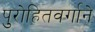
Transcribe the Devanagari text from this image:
पुरोहितवर्गाने